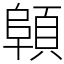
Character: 顊